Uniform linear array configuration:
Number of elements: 64
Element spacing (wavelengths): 0.25
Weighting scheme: exponential
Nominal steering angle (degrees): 15
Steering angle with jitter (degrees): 14.302
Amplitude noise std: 0.05
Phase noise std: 0.05

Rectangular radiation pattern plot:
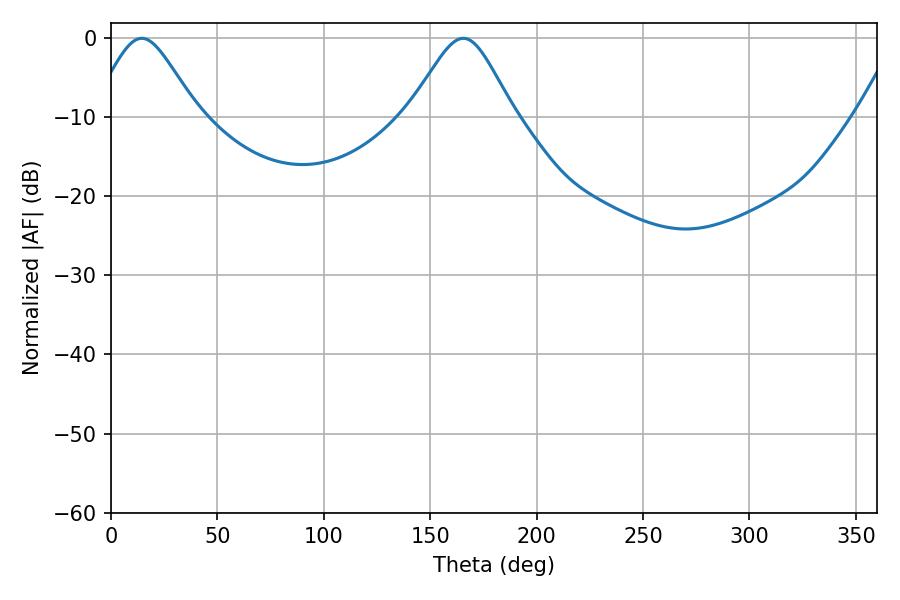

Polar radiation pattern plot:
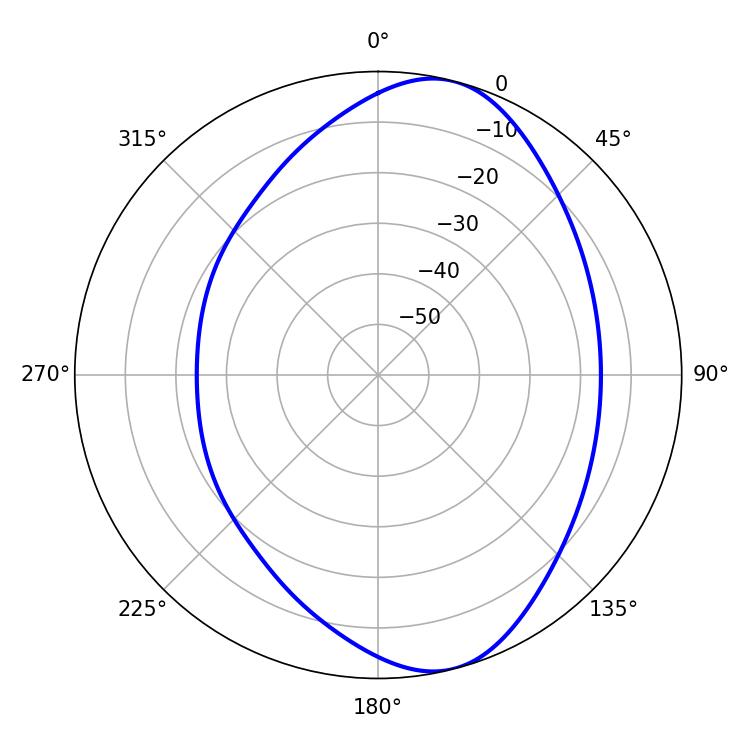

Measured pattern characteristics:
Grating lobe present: FALSE
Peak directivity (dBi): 8.416
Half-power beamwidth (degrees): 23.94
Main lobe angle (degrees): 14.4